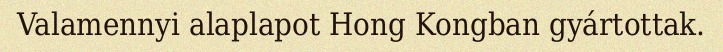
Valamennyi alaplapot Hong Kongban gyártottak.